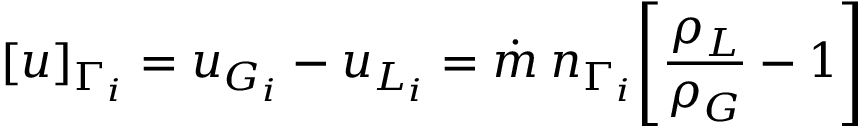
[ u ] _ { \Gamma _ { i } } = u _ { G _ { i } } - u _ { L _ { i } } = \dot { m } \: n _ { \Gamma _ { i } } \Bigg [ \frac { \rho _ { L } } { \rho _ { G } } - 1 \Bigg ]